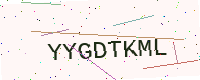
Text: YYGDTKML